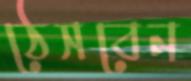
ঠেসবেন